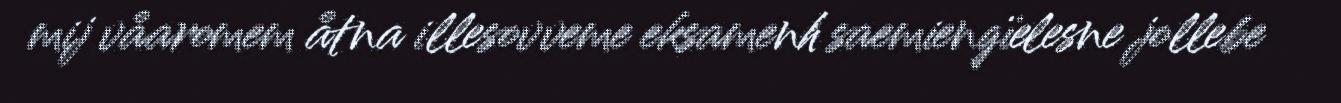
mij våaromem åtna illesovveme eksamenh saemiengïelesne jollebe